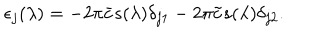
\epsilon _ { j } ( \lambda ) = - 2 \pi \bar { c } s ( \lambda ) \delta _ { j 1 } - 2 \pi \tilde { c } s ( \lambda ) \delta _ { j 2 } .